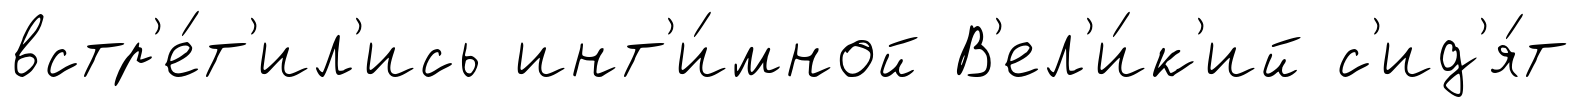
встр'е́т'ил'ись инт'и́мной В'ел'и́к'ий с'ид'я́т